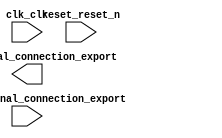

module nios (
	clk_clk,
	reset_reset_n,
	led_external_connection_export,
	switch_external_connection_export);	

	input		clk_clk;
	input		reset_reset_n;
	output		led_external_connection_export;
	input		switch_external_connection_export;
endmodule